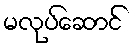
မလုပ်ဆောင်